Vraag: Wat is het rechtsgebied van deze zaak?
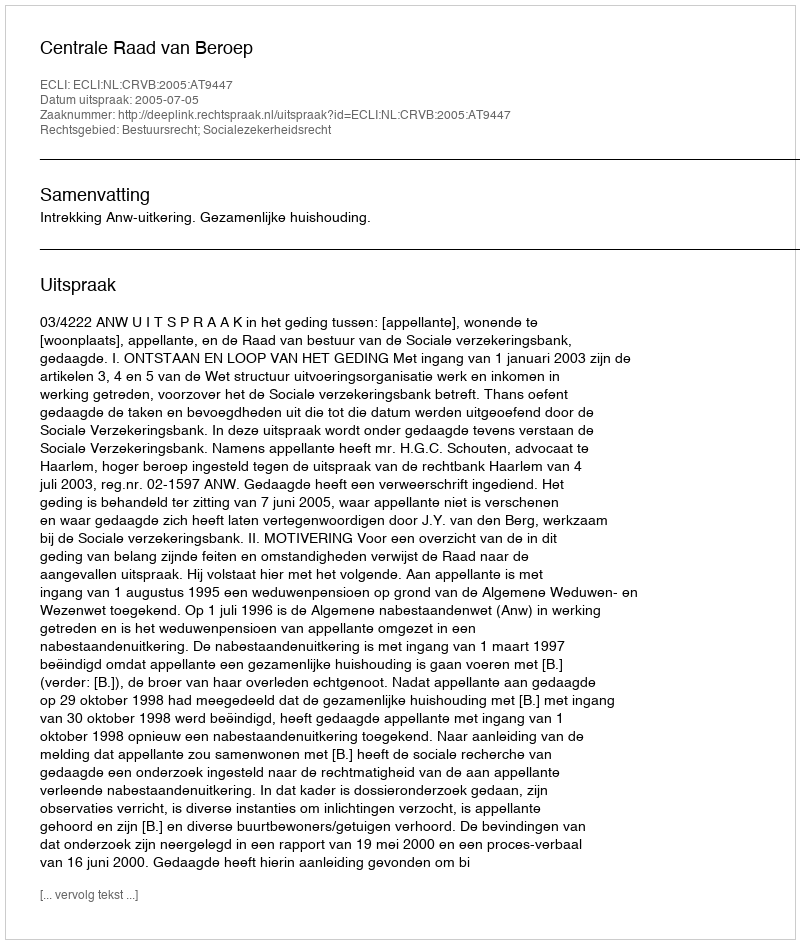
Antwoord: Bestuursrecht; Socialezekerheidsrecht